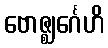
ဗောဇ္ဈင်္ဂေဟိ